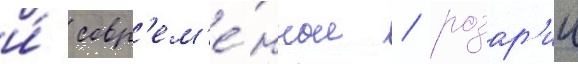
и́ совр'ем'е́нные / розар'ии